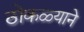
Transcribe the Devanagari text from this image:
ठोकळ्याने